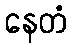
နေတံ